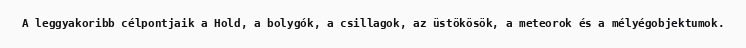
A leggyakoribb célpontjaik a Hold, a bolygók, a csillagok, az üstökösök, a meteorok és a mélyégobjektumok.